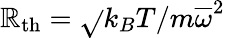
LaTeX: \mathbb{R}_{\mathrm{{th}}}=\sqrt{}{{k_{B}T/m\overline{{{\omega}}}^{2}}}